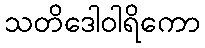
သတိဒေါဝါရိကော